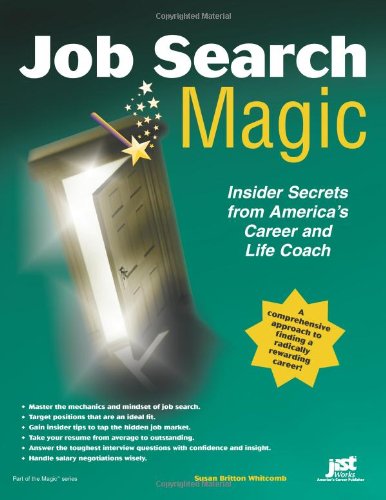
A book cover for Job Search Magic: Insider Secrets from America's Career And Life Coach; Susan Britton Whitcomb; Reference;